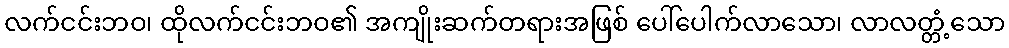
လက်ငင်းဘဝ၊ ထိုလက်ငင်းဘဝ၏ အကျိုးဆက်တရားအဖြစ် ပေါ်ပေါက်လာသော၊ လာလတ္တံ့သော